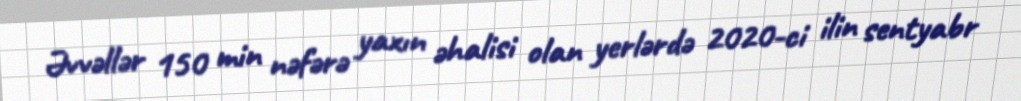
Əvvəllər 150 min nəfərə yaxın əhalisi olan yerlərdə 2020-ci ilin sentyabr